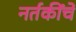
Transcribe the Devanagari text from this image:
नर्तकींचे